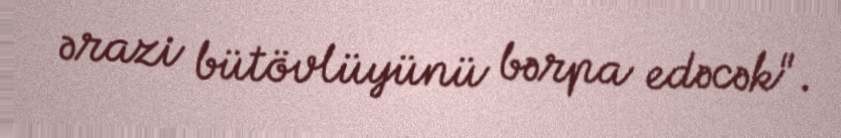
ərazi bütövlüyünü bərpa edəcək".